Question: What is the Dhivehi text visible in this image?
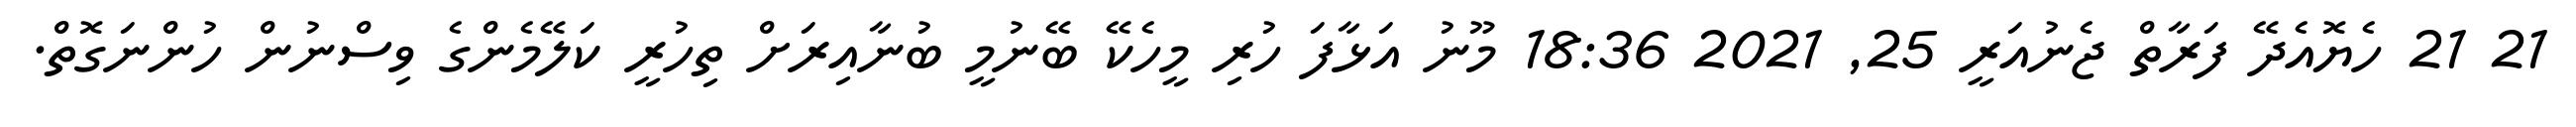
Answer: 21 21 ހެޔޮއެދޭ ފަރާތް ޖެނުއަރީ 25, 2021 18:36 މޫނު އަޅާފަ ހުރި މީހެކޭ ބޭނުމީ ބުނާއިރަށް ތިހުރީ ކަލޭމެންގެ ވިސްނުން ހުންނަގޮތް.